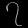
Digit: ၇